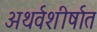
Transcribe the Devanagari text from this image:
अथर्वशीर्षात